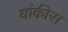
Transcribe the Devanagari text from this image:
यांकीस